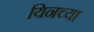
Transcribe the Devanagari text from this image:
यिनच्या